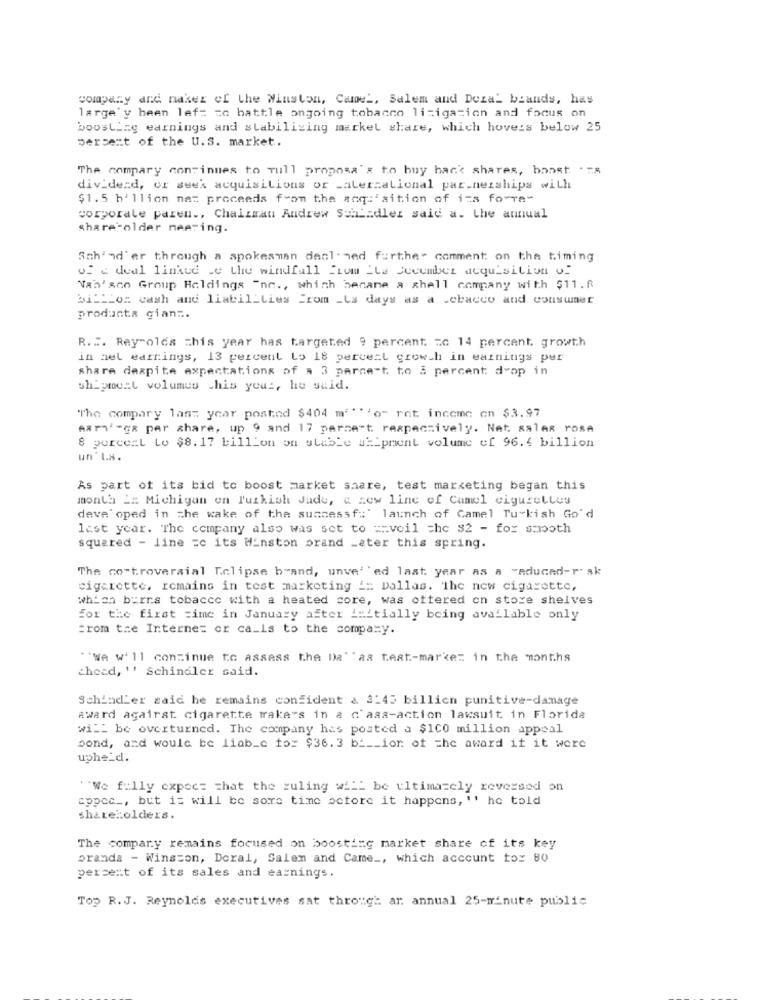
company and naker of the Winston, Camel, Salem and Deza_ brands, has
large'y been lef= = c battle ongoing tobacco litigation and focus on
boosLire earnings and stabilizing market share, which hovers below 25
percent of the U.S. market.
The compary continues to Tull proposa's to buy bank shares, boost.
dividend, or seek acquisitions or -alerzalional partnerships with
$1.5 billion net proceeds from the soqu'aition of its fo-re-
corporate paren ., Chaliman Andrew Schindler said a. the annual
shareFolder meeting.
Sch'ad'er through a spokesman denl. ned further comment on the timing
of a deal linked be the windfall from the december acquisition of
Van' sco Group Holdings Inc ., which became a shell company with $11.R
bi __ Los cash and liabil_Lies From _Ls days as a chaco and conswaer
products gianz.
R ... Reynolds This year has targeted 9 percent zo 14 percent. growth
in nel earrings, 13 percent Lo 18 pervezl growth in earnings per
share despite expectations of a 3 parce-t to 3 percent drop in
shipmcal volumes chis you :, he suid.
"The compary last year posted $404 mi"" "o" rot income on $3.97
Aarq' -ga per share, up 9 and 17 parsect respectively. Net sales rose
8 percent Lo $8.17 billion on stable shipment volume of 96.4 billion
un' Ls.
As part of its bid to boost market share, test marketing began this
month _= Michigan en Turkish Jade, & zew line of Camel ciguzelLes
deve oped in the wake of the successf:' launch of Camel Turkish Go'd
last year. The company also was set to == veil =he 32 - for smooth
squared - line =c its Winston orand _ater this spring.
The co-troveraial Eclipse brand, unve' 'ed last year as a "aducad-risk
cigarette, remains in test marketing i= Dallas. The new cigarette,
which birrs tobacco with a heated core, was offered on store shelves
for the first time in January after initially being available only
From the Internet or ca_is to the company.
""We will continue to assess the Da" "as teat-marke: in the months
chead, '' Schindler said.
Schindler said he remains confident & 3145 billion punitive-damage
award acairst cigarette raka's in a c'ass-action lawsuit in Florida
will be overturned. The company has posted a $100 million appeal
pond, and would be liab_c for $36.3 b ___ ion of the award if it were
upheld.
""We filly expect that the ruling w' __ be ultimately reversed on
cppcc _, but it will be some time actore it happens, '' he told
shareholders.
The company remains focused on boosting market share of its key
oranda - Winston, Deral, Salen and Came _, which account tox 80
percent of its sales and earnings.
Top R.J. Reynolds executives sat through ar annual 25-minute public